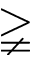
\gneqq